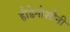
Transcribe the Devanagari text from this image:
हौडेनोशौनी